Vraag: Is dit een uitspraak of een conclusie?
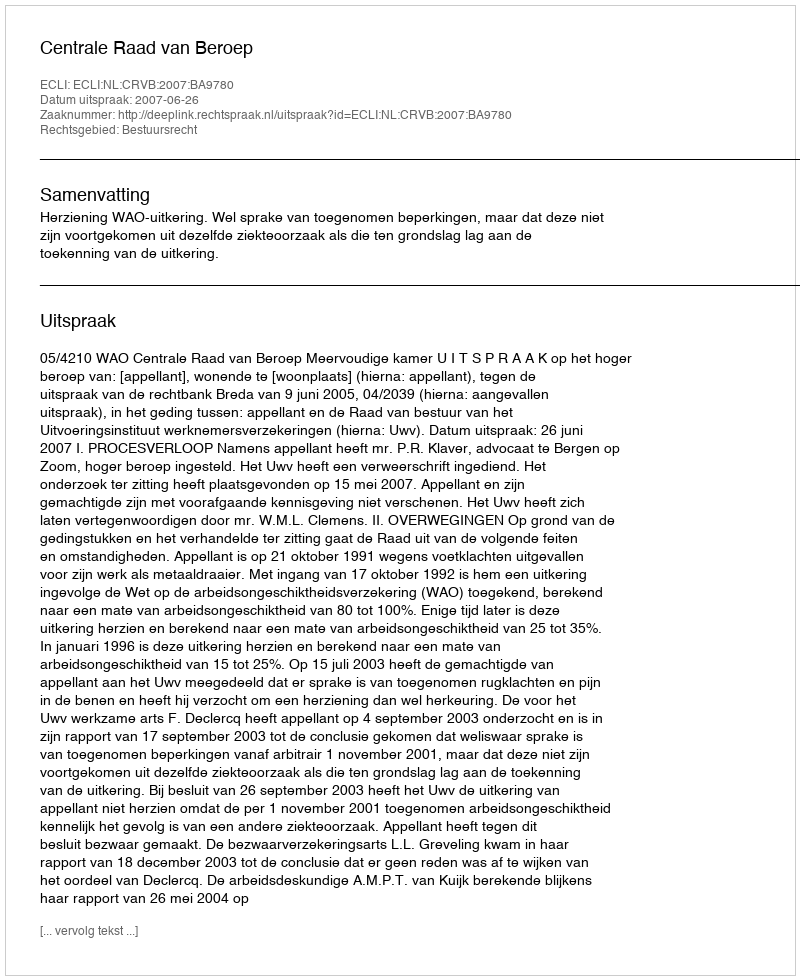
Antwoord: Uitspraak